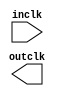

module SYS_GCLK (
	inclk,
	outclk);	

	input		inclk;
	output		outclk;
endmodule